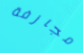
مجازفة